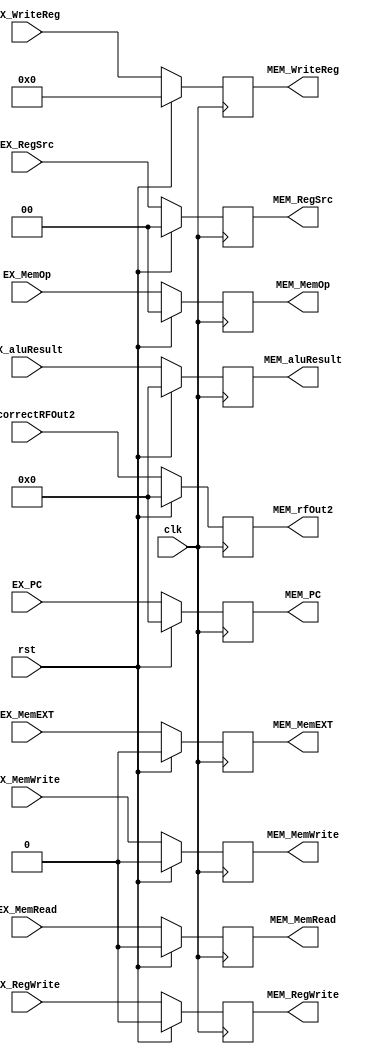
module EX_MEM_Reg(
    input clk,
    input rst,

    input[31:0] EX_PC,

    input EX_RegWrite,
    input[4:0] EX_WriteReg,
    input[1:0] EX_RegSrc,

    input EX_MemWrite,
    input EX_MemRead,
    input[1:0] EX_MemOp,
    input EX_MemEXT,
    input[31:0] EX_correctRFOut2,
    input[31:0] EX_aluResult,

    output reg[31:0] MEM_PC,

    output reg MEM_RegWrite,
    output reg[4:0] MEM_WriteReg,
    output reg[1:0] MEM_RegSrc,

    output reg MEM_MemWrite,
    output reg MEM_MemRead,
    output reg[1:0] MEM_MemOp,
    output reg MEM_MemEXT,
    output reg[31:0] MEM_rfOut2,
    output reg[31:0] MEM_aluResult
);

    always @(posedge clk) 
    begin
        MEM_PC <= rst ? 32'b0 : EX_PC;

        MEM_RegWrite <= rst ? 1'b0 : EX_RegWrite;
        MEM_WriteReg <= rst ? 5'b0 : EX_WriteReg;
        MEM_RegSrc <= rst ? 2'b0 : EX_RegSrc;

        MEM_MemWrite <= rst ? 1'b0 : EX_MemWrite;
        MEM_MemRead <= rst ? 1'b0 : EX_MemRead;
        MEM_MemOp <= rst ? 2'b0 : EX_MemOp;
        MEM_MemEXT <= rst ? 1'b0 : EX_MemEXT;
        
        MEM_rfOut2 <= rst ? 32'b0 : EX_correctRFOut2;
        MEM_aluResult <= rst ? 32'b0 : EX_aluResult;
    end

endmodule // EX_MEM_Reg